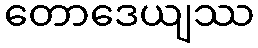
တောဒေယျဿ